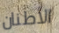
الأطنان